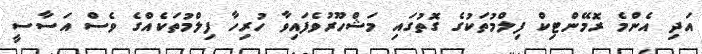
އަދި އެންމެ ރޮމޭންޓިކް ފިލްމުތަކުގެ ގޮތުގައި މަޝްހޫރުވެފައިވާ ހުރިހާ ފިލްމުތަކެއްގެ ވެސް އަސާސީ